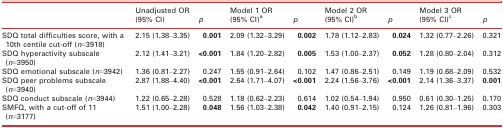
<table><thead><tr><td></td><td><b>Unadjusted OR (95% CI)</b></td><td><b><i>p</i></b></td><td><b>Model 1 OR (95% CI)a</b></td><td><b><i>p</i></b></td><td><b>Model 2 OR (95% CI)b</b></td><td><b><i>p</i></b></td><td><b>Model 3 OR (95% CI)c</b></td><td><b><i>p</i></b></td></tr></thead><tbody><tr><td>SDQ total difficulties score, with a 10th centile cut‐off (<i>n</i>=3918)</td><td>2.15 (1.38–3.35)</td><td><b>0.001</b></td><td>2.09 (1.32–3.29)</td><td><b>0.002</b></td><td>1.78 (1.12–2.83)</td><td><b>0.024</b></td><td>1.32 (0.77–2.26)</td><td>0.321</td></tr><tr><td>SDQ hyperactivity subscale (<i>n</i>=3950)</td><td>2.12 (1.41–3.21)</td><td><b>&lt;0.001</b></td><td>1.84 (1.20–2.82)</td><td><b>0.005</b></td><td>1.53 (1.00–2.37)</td><td><b>0.052</b></td><td>1.28 (0.80–2.04)</td><td>0.312</td></tr><tr><td>SDQ emotional subscale (<i>n</i>=3942)</td><td>1.36 (0.81–2.27)</td><td>0.247</td><td>1.55 (0.91–2.64)</td><td>0.102</td><td>1.47 (0.86–2.51)</td><td>0.149</td><td>1.19 (0.68–2.09)</td><td>0.532</td></tr><tr><td>SDQ peer problems subscale (<i>n</i>=3940)</td><td>2.87 (1.88–4.40)</td><td><b>&lt;0.001</b></td><td>2.64 (1.71–4.07)</td><td><b>&lt;0.001</b></td><td>2.24 (1.56–3.76)</td><td><b>&lt;0.001</b></td><td>2.14 (1.36–3.37)</td><td><b>0.001</b></td></tr><tr><td>SDQ conduct subscale (<i>n</i>=3944)</td><td>1.22 (0.65–2.28)</td><td>0.528</td><td>1.18 (0.62–2.23)</td><td>0.614</td><td>1.02 (0.54–1.94)</td><td>0.950</td><td>0.61 (0.30–1.25)</td><td>0.170</td></tr><tr><td>SMFQ, with a cut‐off of 11 (<i>n</i>=3177)</td><td>1.51 (1.00–2.28)</td><td><b>0.048</b></td><td>1.56 (1.03–2.38)</td><td><b>0.042</b></td><td>1.40 (0.91–2.15)</td><td>0.124</td><td>1.26 (0.81–1.96)</td><td>0.303</td></tr></tbody></table>